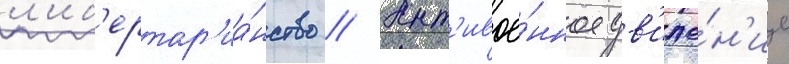
л'иб'ертар'иа́нство // Ант'ивое́нное дв'иже́н'ие